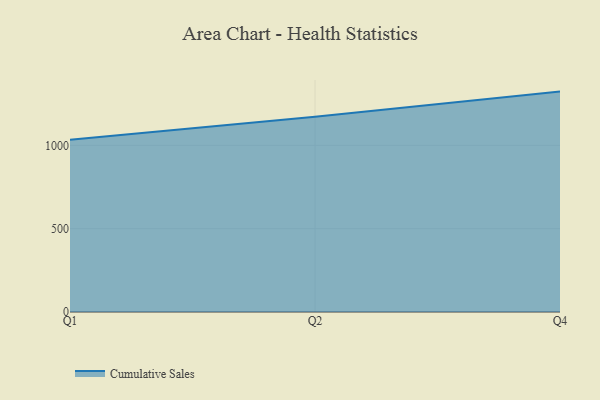
{"axis": {"x": "Quarter", "y": "Active Users"}, "legend": ["Cumulative Sales"], "data": [{"x": "Q1", "y": 1033.5, "type": "Cumulative Sales"}, {"x": "Q2", "y": 1171.4, "type": "Cumulative Sales"}, {"x": "Q4", "y": 1322.2, "type": "Cumulative Sales"}]}